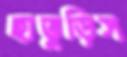
হাতুড়িস